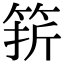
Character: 䇽